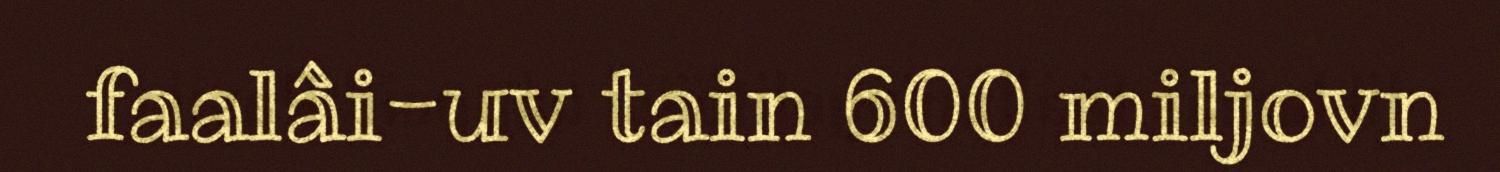
faalâi-uv tain 600 miljovn